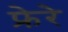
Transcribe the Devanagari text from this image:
फ्रेरे